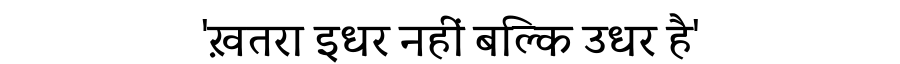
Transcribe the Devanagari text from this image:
'ख़तरा इधर नहीं बल्कि उधर है'